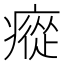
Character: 瘲